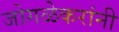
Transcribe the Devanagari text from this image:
जोगळेकरांनी